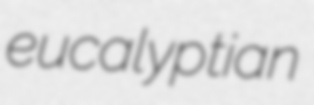
eucalyptian